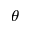
\theta